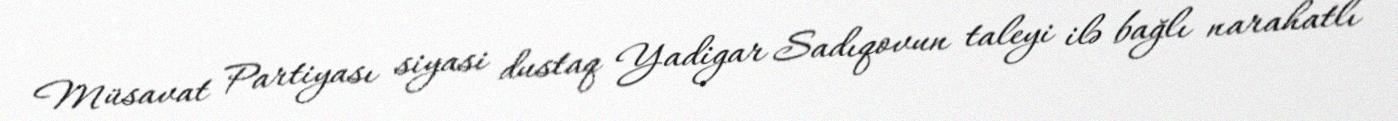
Müsavat Partiyası siyasi dustaq Yadigar Sadıqovun taleyi ilə bağlı narahatlı